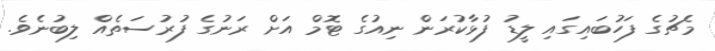
މެޗުގެ ފަހުބައިގައި ލީޑު ފުޅާކުރަން ނިއުގެ ޓޮމް އަށް ރަނުގެ ފުރުސަތެއް ލިބުނެވެ.